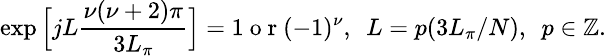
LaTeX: \small\exp\Big[jL\frac{\nu(\nu+2)\pi}{3L_{\pi}}\Big]=1\mathrm{~o~r~}(-1)^{\nu},~~L=p(3L_{\pi}/N),~~p\in\mathbb{Z}.